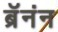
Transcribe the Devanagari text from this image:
ब्रॅनंन